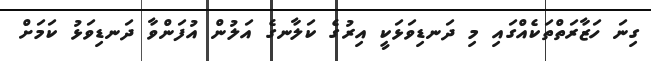
ގިނަ ހަޒާރަތްތަކެއްގައި މި ދަނޑިވަޅަކީ އިރުގެ ކަލާނގެ އަލުން އުފަންވާ ދަނޑިވަޅު ކަމަށް